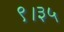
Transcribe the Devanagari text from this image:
९।३५